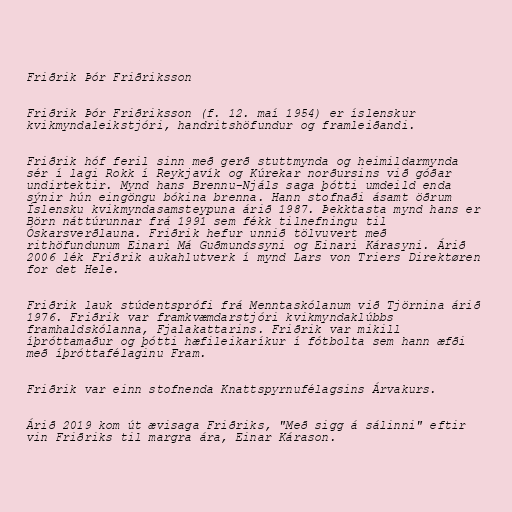
Friðrik Þór Friðriksson

Friðrik Þór Friðriksson (f. 12. maí 1954) er íslenskur
kvikmyndaleikstjóri, handritshöfundur og framleiðandi.

Friðrik hóf feril sinn með gerð stuttmynda og heimildarmynda
sér í lagi Rokk í Reykjavík og Kúrekar norðursins við góðar
undirtektir. Mynd hans Brennu-Njáls saga þótti umdeild enda
sýnir hún eingöngu bókina brenna. Hann stofnaði ásamt öðrum
Íslensku kvikmyndasamsteypuna árið 1987. Þekktasta mynd hans er
Börn náttúrunnar frá 1991 sem fékk tilnefningu til
Óskarsverðlauna. Friðrik hefur unnið tölvuvert með
rithöfundunum Einari Má Guðmundssyni og Einari Kárasyni. Árið
2006 lék Friðrik aukahlutverk í mynd Lars von Triers Direktøren
for det Hele.

Friðrik lauk stúdentsprófi frá Menntaskólanum við Tjörnina árið
1976. Friðrik var framkvæmdarstjóri kvikmyndaklúbbs
framhaldskólanna, Fjalakattarins. Friðrik var mikill
íþróttamaður og þótti hæfileikaríkur í fótbolta sem hann æfði
með íþróttafélaginu Fram.

Friðrik var einn stofnenda Knattspyrnufélagsins Árvakurs.

Árið 2019 kom út ævisaga Friðriks, "Með sigg á sálinni" eftir
vin Friðriks til margra ára, Einar Kárason.